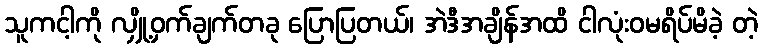
သူကငါ့ကို လျှို့ဝှက်ချက်တခု ပြောပြတယ်၊ အဲဒီအချိန်အထိ ငါလုံးဝမရိပ်မိခဲ့ တဲ့